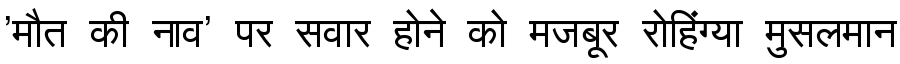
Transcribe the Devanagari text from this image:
'मौत की नाव' पर सवार होने को मजबूर रोहिंग्या मुसलमान